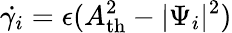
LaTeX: \dot{\gamma_{i}}=\epsilon(A_{\mathrm{th}}^{2}-|\Psi_{i}|^{2})